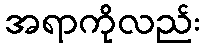
အရာကိုလည်း